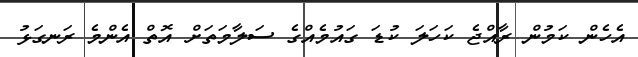
އެހެން ކަމުން ރާއްޖެ ކަހަލަ ކުޑަ ގައުމެއްގެ ސަލާމަތަށް އޮތް އެންމެ ރަނގަޅު